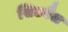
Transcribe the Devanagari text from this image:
सिटवैल